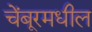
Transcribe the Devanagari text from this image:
चेंबूरमधील